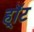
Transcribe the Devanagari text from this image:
हॉ्ट